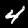
Digit: 4